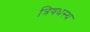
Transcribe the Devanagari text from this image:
त्रिषधस्थ